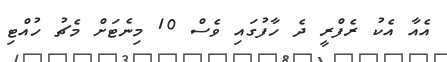
އެއާ އެކު ރެފްރީ ދެ ހާފުގައި ވެސް 10 މިނެޓަށް މެޗު ހުއްޓި